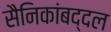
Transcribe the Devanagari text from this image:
सैनिकांबद्दल